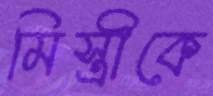
মিস্ত্রীকে